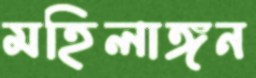
মহিলাঙ্গন